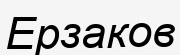
Ерзаков